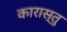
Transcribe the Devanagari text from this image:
कारास्तु